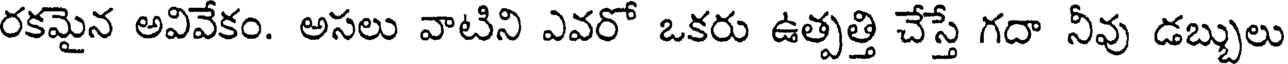
రకమైన అవివేకం. అసలు వాటిని ఎవరో ఒకరు ఉత్పత్తి చేస్తే గదా నీవు డబ్బులు